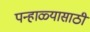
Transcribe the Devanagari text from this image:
पन्हाळ्यासाठी